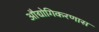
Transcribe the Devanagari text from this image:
औद्योगिकरणास